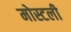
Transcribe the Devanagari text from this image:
मोस्टली